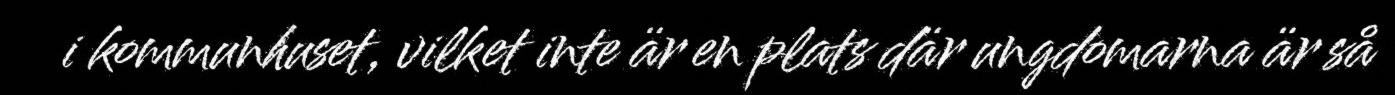
i kommunhuset, vilket inte är en plats där ungdomarna är så